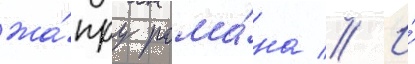
жа́нру рома́на // И́